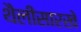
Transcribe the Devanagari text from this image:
थैलीसारखे